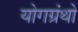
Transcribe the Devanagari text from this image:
योगग्रंथो